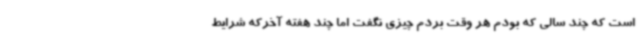
است که چند سالی که بودم هر وقت بردم چیزی نگفت اما چند هفته آخرکه شرایط